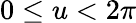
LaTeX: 0\leq u<2\pi